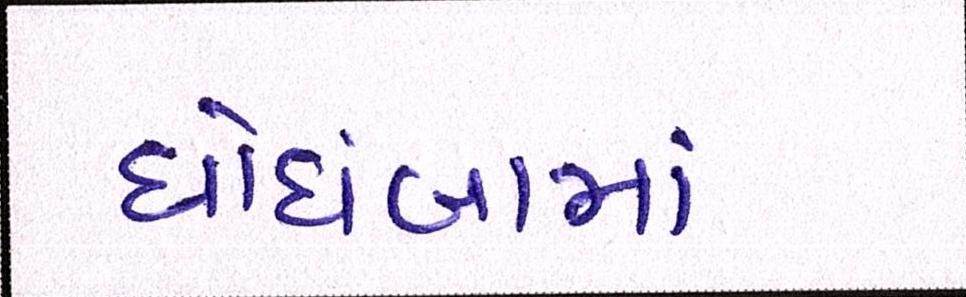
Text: ઘોઘંબામાં